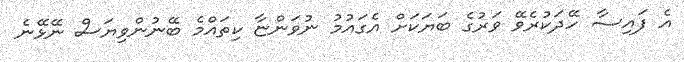
އެ ފައިސާ ހޭދަކުރެވޭ ވަރުގެ ބަޔަކަށް އެގައުމު ނުވަންޏާ ކިތައްމެ ބޭނުންވިޔަސް ނޭޅޭނެ